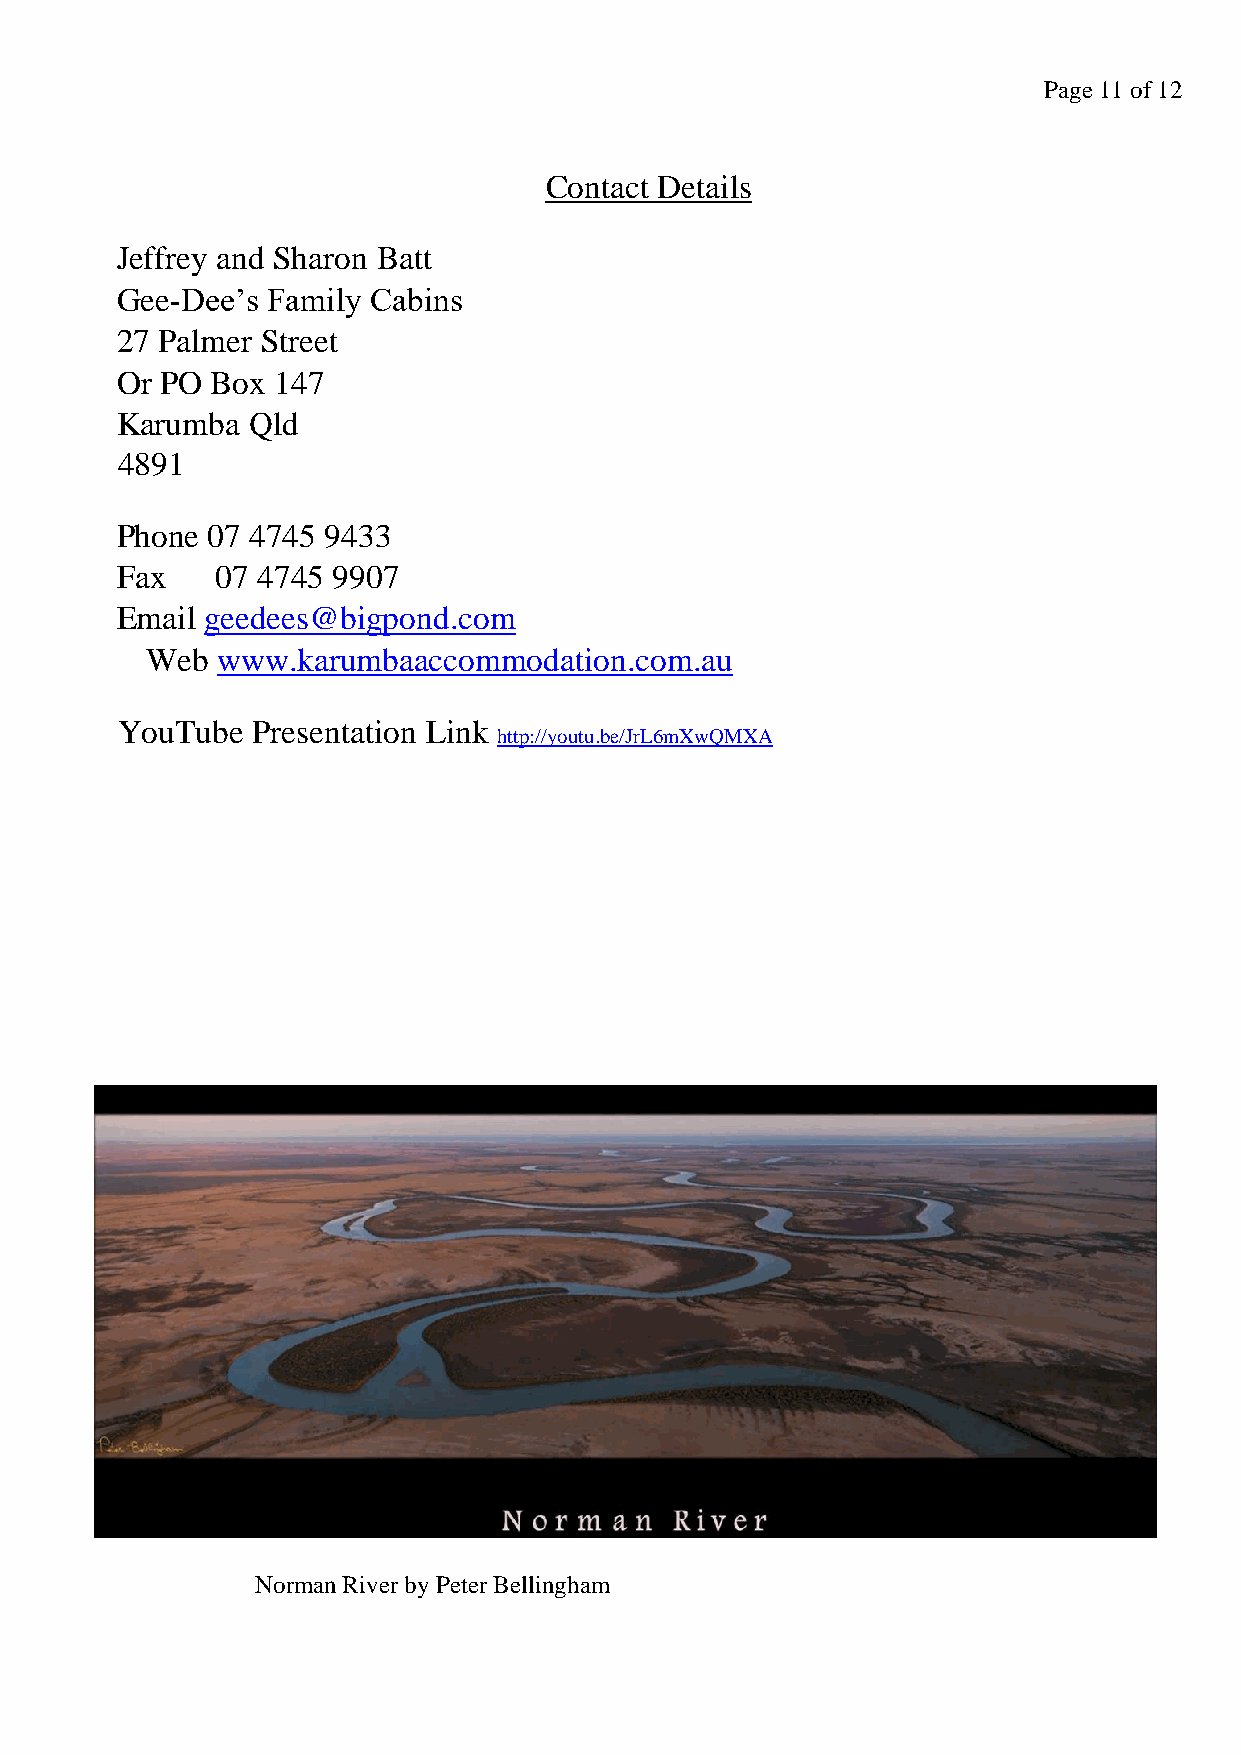
Page 11 of 12
 Contact Details
 Jeffrey and Sharon Batt
 Gee-Dee’s Family Cabins
 27 Palmer Street
 Or PO Box 147
 Karumba Qld
 4891
 Phone 07 4745 9433
 Fax   07 4745 9907
 Email geedees@bigpond.com
 Web www.karumbaaccommodation.com.au
 YouTube  Presentation Link
 http://youtu.be/JrL6mXwQMXA
 Norman River by Peter Bellingham